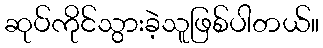
ဆုပ်ကိုင်သွားခဲ့သူဖြစ်ပါတယ်။